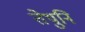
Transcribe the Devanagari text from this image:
तेथुनि